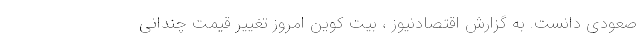
صعودی دانست. به گزارش اقتصادنیوز ، بیت کوین امروز تغییر قیمت چندانی